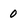
Character: 0